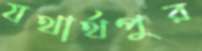
যথার্থপুর